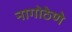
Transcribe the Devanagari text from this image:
नागोठेणे